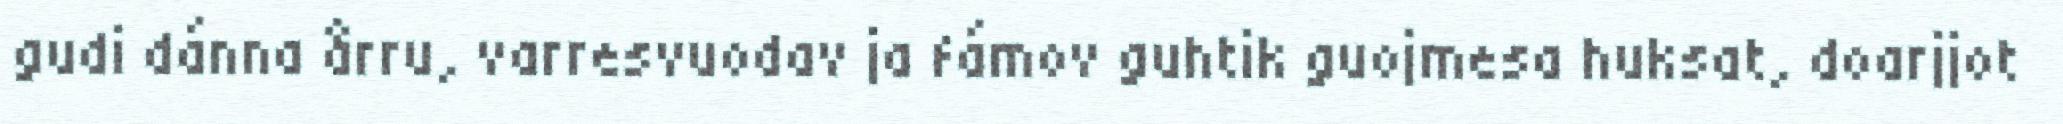
gudi dánna årru, varresvuodav ja fámov guhtik guojmesa huksat, doarjjot